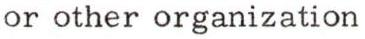
or other organization